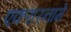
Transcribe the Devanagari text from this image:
एकरारनामे